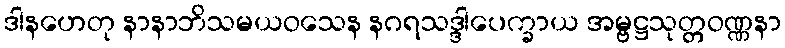
ဒါနဟေတု နာနာဘိသမယဝသေန နဂရသဒ္ဒါပေက္ခာယ အမ္ဗဋ္ဌသုတ္တဝဏ္ဏနာ